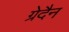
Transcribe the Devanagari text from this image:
ग्रेदैन